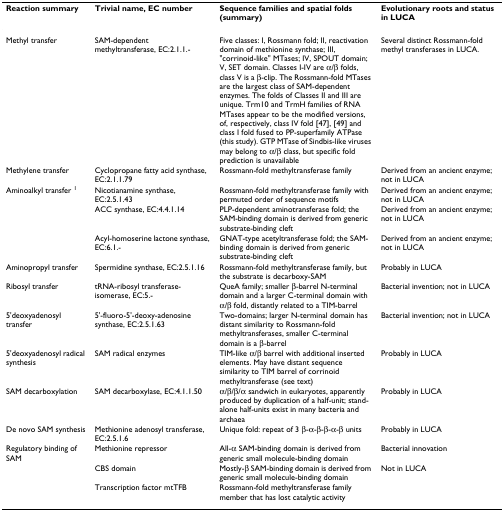
<table><thead><tr><td><b>Reaction summary</b></td><td><b>Trivial name, EC number</b></td><td><b>Sequence families and spatial folds (summary)</b></td><td><b>Evolutionary roots and status in LUCA</b></td></tr></thead><tbody><tr><td>Methyl transfer</td><td>SAM-dependent methyltransferase, EC:2.1.1.-</td><td>Five classes: I, Rossmann fold; II, reactivation domain of methionine synthase; III, &quot;corrinoid-like&quot; MTases; IV, SPOUT domain; V, SET domain. Classes I-IV are α/β folds, class V is a β-clip. The Rossmann-fold MTases are the largest class of SAM-dependent enzymes. The folds of Classes II and III are unique. Trm10 and TrmH families of RNA MTases appear to be the modified versions, of, respectively, class IV fold [47], [49] and class I fold fused to PP-superfamily ATPase (this study). GTP MTase of Sindbis-like viruses may belong to α/β class, but specific fold prediction is unavailable</td><td>Several distinct Rossmann-fold methyl transferases in LUCA.</td></tr><tr><td>Methylene transfer</td><td>Cyclopropane fatty acid synthase, EC:2.1.1.79</td><td>Rossmann-fold methyltransferase family</td><td>Derived from an ancient enzyme; not in LUCA</td></tr><tr><td>Aminoalkyl transfer <sup>1</sup></td><td>Nicotianamine synthase, EC:2.5.1.43</td><td>Rossmann-fold methyltransferase family with permuted order of sequence motifs</td><td>Derived from an ancient enzyme; not in LUCA</td></tr><tr><td></td><td>ACC synthase, EC:4.4.1.14</td><td>PLP-dependent aminotransferase fold; the SAM-binding domain is derived from generic substrate-binding cleft</td><td>Derived from an ancient enzyme; not in LUCA</td></tr><tr><td></td><td>Acyl-homoserine lactone synthase, EC:6.1.-</td><td>GNAT-type acetyltransferase fold; the SAM-binding domain is derived from generic substrate-binding cleft</td><td>Derived from an ancient enzyme; not in LUCA</td></tr><tr><td>Aminopropyl transfer</td><td>Spermidine synthase, EC:2.5.1.16</td><td>Rossmann-fold methyltransferase family, but the substrate is decarboxy-SAM</td><td>Probably in LUCA</td></tr><tr><td>Ribosyl transfer</td><td>tRNA-ribosyl transferase-isomerase, EC:5.-</td><td>QueA family; smaller β-barrel N-terminal domain and a larger C-terminal domain with α/β fold, distantly related to a TIM-barrel</td><td>Bacterial invention; not in LUCA</td></tr><tr><td>5&#x27;deoxyadenosyl transfer</td><td>5&#x27;-fluoro-5&#x27;-deoxy-adenosine synthase, EC:2.5.1.63</td><td>Two-domains; larger N-terminal domain has distant similarity to Rossmann-fold methyltransferases, smaller C-terminal domain is a β-barrel</td><td>Bacterial invention; not in LUCA</td></tr><tr><td>5&#x27;deoxyadenosyl radical synthesis</td><td>SAM radical enzymes</td><td>TIM-like α/β barrel with additional inserted elements. May have distant sequence similarity to TIM barrel of corrinoid methyltransferase (see text)</td><td>Probably in LUCA</td></tr><tr><td>SAM decarboxylation</td><td>SAM decarboxylase, EC:4.1.1.50</td><td>α/β/β/α sandwich in eukaryotes, apparently produced by duplication of a half-unit; stand-alone half-units exist in many bacteria and archaea</td><td>Probably in LUCA</td></tr><tr><td>De novo SAM synthesis</td><td>Methionine adenosyl transferase, EC:2.5.1.6</td><td>Unique fold: repeat of 3 β-α-β-β-α-β units</td><td>Probably in LUCA</td></tr><tr><td>Regulatory binding of SAM</td><td>Methionine repressor</td><td>All-α SAM-binding domain is derived from generic small molecule-binding domain</td><td>Bacterial innovation</td></tr><tr><td></td><td>CBS domain</td><td>Mostly-β SAM-binding domain is derived from generic small molecule-binding domain</td><td>Not in LUCA</td></tr><tr><td></td><td>Transcription factor mtTFB</td><td>Rossmann-fold methyltransferase family member that has lost catalytic activity</td><td></td></tr></tbody></table>